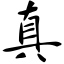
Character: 真